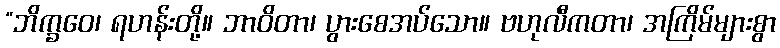
“ဘိက္ခဝေ၊ ရဟန်းတို့။ ဘာဝိတာ၊ ပွားစေအပ်သော။ ဗဟုလီကတာ၊ အကြိမ်များစွာ